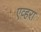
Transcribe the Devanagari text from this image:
एव्हरा